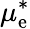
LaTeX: \mu_{\mathrm{e}}^{*}